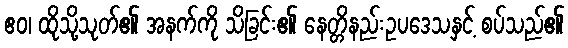
ဧဝ၊ ထိုသို့သုတ်၏ အနက်ကို သိခြင်း၏ နေတ္တိနည်းဥပဒေသနှင့် စပ်သည်၏